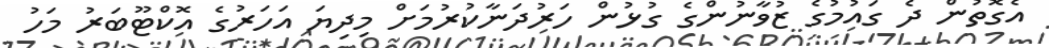
އެގޮތުން ދެ ގައުމުގެ ޒުވާނުންގެ ގުޅުން ހަރުދަނާކުރުމަށް މިދިޔަ އަހަރުގެ އޮކްޓޫބަރު މަހު